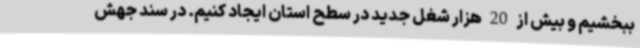
ببخشیم و بیش از 20 هزار شغل جدید در سطح استان ایجاد کنیم. در سند جهش